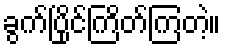
ခွက်ပြိုင်ကြိတ်ကြတဲ့။